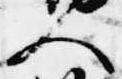
人